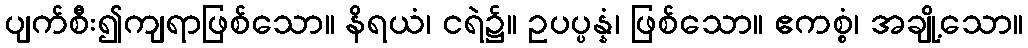
ပျက်စီး၍ကျရာဖြစ်သော။ နိရယံ၊ ငရဲ၌။ ဥပပ္ပန္နံ၊ ဖြစ်သော။ ဧကစ္စံ၊ အချို့သော။